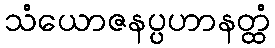
သံယောဇနပ္ပဟာနတ္ထံ